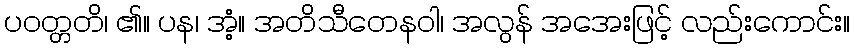
ပဝတ္တတိ၊ ၏။ ပန၊ အံ့။ အတိသီတေနဝါ၊ အလွန် အအေးဖြင့် လည်းကောင်း။